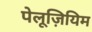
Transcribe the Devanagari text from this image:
पेलूज़ियिम